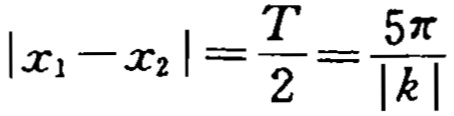
\(\vert x_{1}-x_{2}\vert=\frac{T}{2}=\frac{5\pi}{\vert k\vert}\)